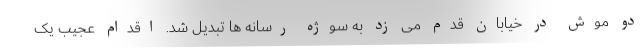
دو موش در خیابان قدم می زد به سوژه رسانه ها تبدیل شد. اقدام عجیب یک